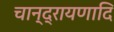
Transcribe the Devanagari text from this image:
चान्द्रायणादि